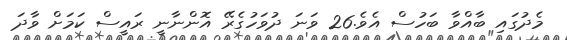
މެދުގައި ބާއްވާ ބަހުސް އެވެ.26 ވަނަ ދުވަހުގެރޭ އޮންނާނީ ރައީސް ކަމަށް ވާދަ